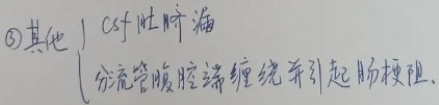
\textcircled{3} 其他
\(\begin{cases}
\text{Csf 性脐漏}\\
\text{分流管腹腔端缠绕并引起肠梗阻}
\end{cases}\)